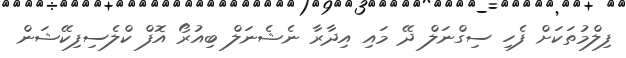
ފިލްމުތަކަށް ފެހި ސިގްނަލް ދޭ މައި އިދާރާ ނެޝެނަލް ބިއުރޯ އޮފް ކްލެސިފިކޭޝަން